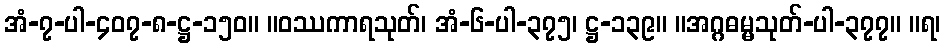
အံ-၇-ပါ-၄၀၇-၈-ဋ္ဌ-၁၅၀။ ။ဝဿကာရသုတ်၊ အံ-၆-ပါ-၃၇၅၊ ဋ္ဌ-၁၃၉။ ။အဂ္ဂဓမ္မသုတ်-ပါ-၃၇၇။ ။ရ၊